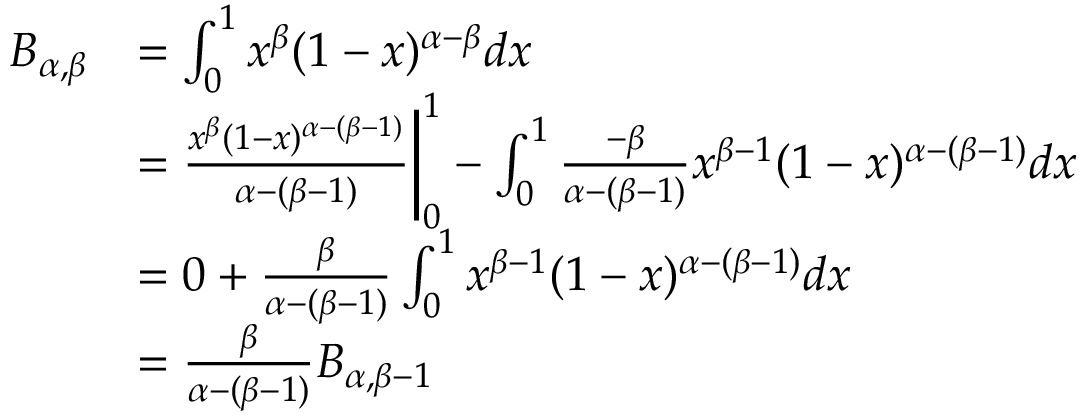
\begin{array} { r l } { B _ { \alpha , \beta } } & { = \int _ { 0 } ^ { 1 } x ^ { \beta } ( 1 - x ) ^ { \alpha - \beta } d x } \\ & { = \frac { x ^ { \beta } ( 1 - x ) ^ { \alpha - ( \beta - 1 ) } } { \alpha - ( \beta - 1 ) } \bigg \rvert _ { 0 } ^ { 1 } - \int _ { 0 } ^ { 1 } \frac { - \beta } { \alpha - ( \beta - 1 ) } x ^ { \beta - 1 } ( 1 - x ) ^ { \alpha - ( \beta - 1 ) } d x } \\ & { = 0 + \frac { \beta } { \alpha - ( \beta - 1 ) } \int _ { 0 } ^ { 1 } x ^ { \beta - 1 } ( 1 - x ) ^ { \alpha - ( \beta - 1 ) } d x } \\ & { = \frac { \beta } { \alpha - ( \beta - 1 ) } B _ { \alpha , \beta - 1 } } \end{array}